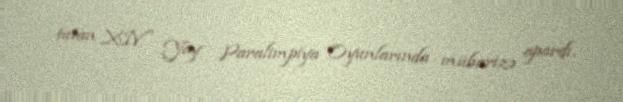
tutan XIV Yay Paralimpiya Oyunlarında mübarizə apardı.